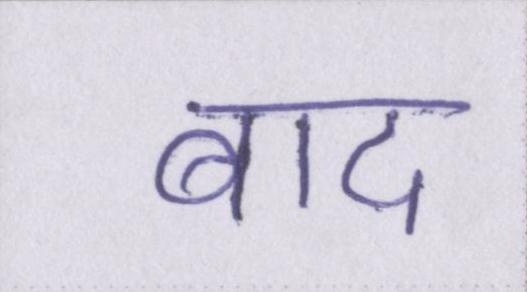
बाद